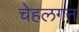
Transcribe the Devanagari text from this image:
चेहलगन